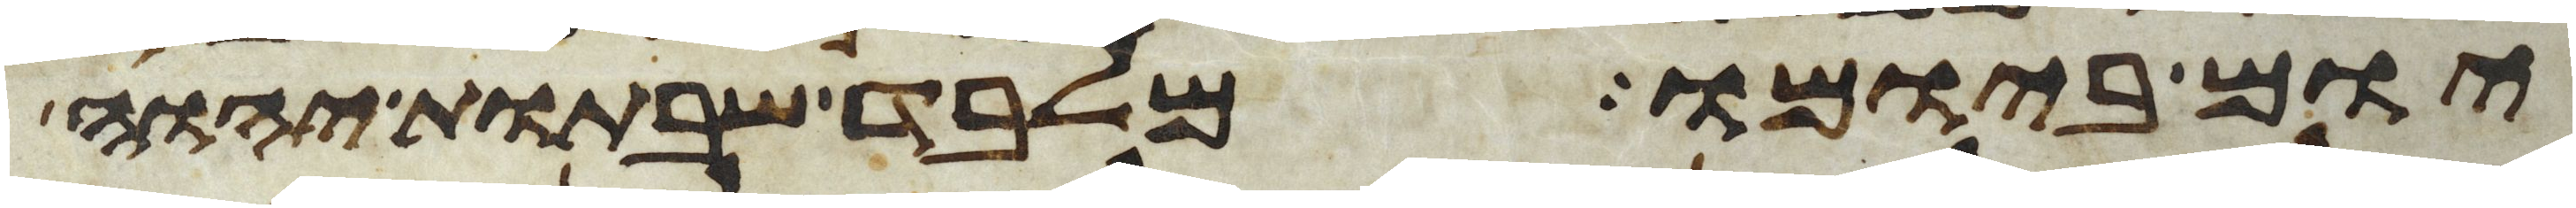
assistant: יום ביומו מלבד שבתות יהוה